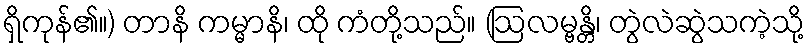
ရှိကုန်၏။) တာနိ ကမ္မာနိ၊ ထို ကံတို့သည်။ (ဩလမ္ဗန္တိ၊ တွဲလဲဆွဲသကဲ့သို့